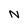
Character: N